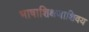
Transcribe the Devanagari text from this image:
भाषाशिक्षणाशिवय